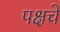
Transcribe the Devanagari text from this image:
पक्षचे